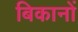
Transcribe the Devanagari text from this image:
बिकानों